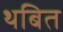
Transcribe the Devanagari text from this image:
थबित